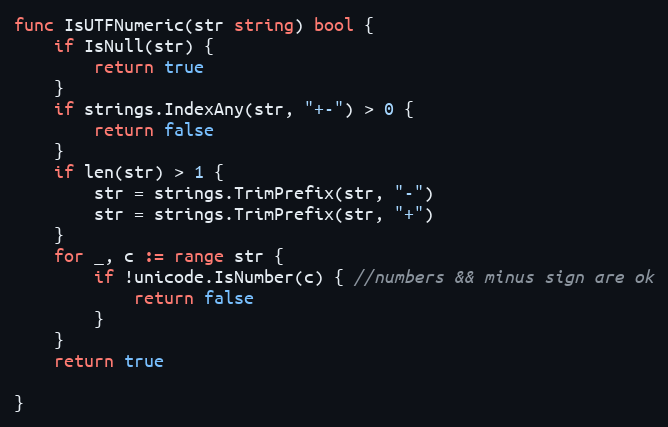
Language: Go
func IsUTFNumeric(str string) bool {
	if IsNull(str) {
		return true
	}
	if strings.IndexAny(str, "+-") > 0 {
		return false
	}
	if len(str) > 1 {
		str = strings.TrimPrefix(str, "-")
		str = strings.TrimPrefix(str, "+")
	}
	for _, c := range str {
		if !unicode.IsNumber(c) { //numbers && minus sign are ok
			return false
		}
	}
	return true

}